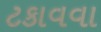
ટકાવવા